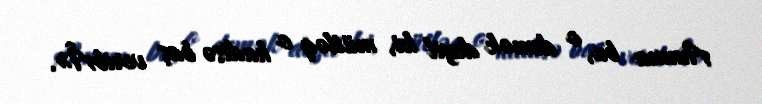
Amma bu, o demək deyil ki, mütləq o hadisə baş veribÂ».